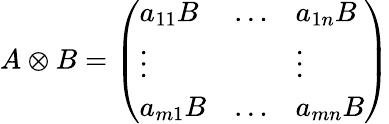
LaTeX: A\otimes B=\left(\begin{array}{lll}{a_{11}B}&{\ldots}&{a_{1n}B}\\ {\vdots}&{}&{\vdots}\\ {a_{m1}B}&{\ldots}&{a_{mn}B}\end{array}\right)